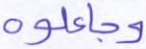
وجاعلوه